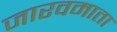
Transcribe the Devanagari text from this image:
जारवमाता